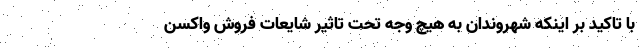
با تاکید بر اینکه شهروندان به هیچ وجه تحت تاثیر شایعات فروش واکسن